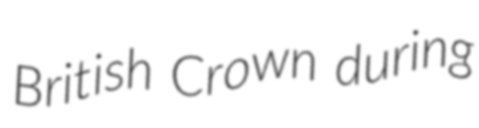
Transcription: British Crown during